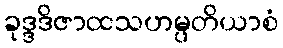
ခုဒ္ဒဒိဇာထသဟမ္ပတိယာစံ